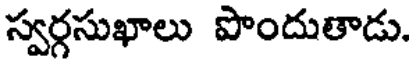
స్వర్గసుఖాలు పొందుతాడు.